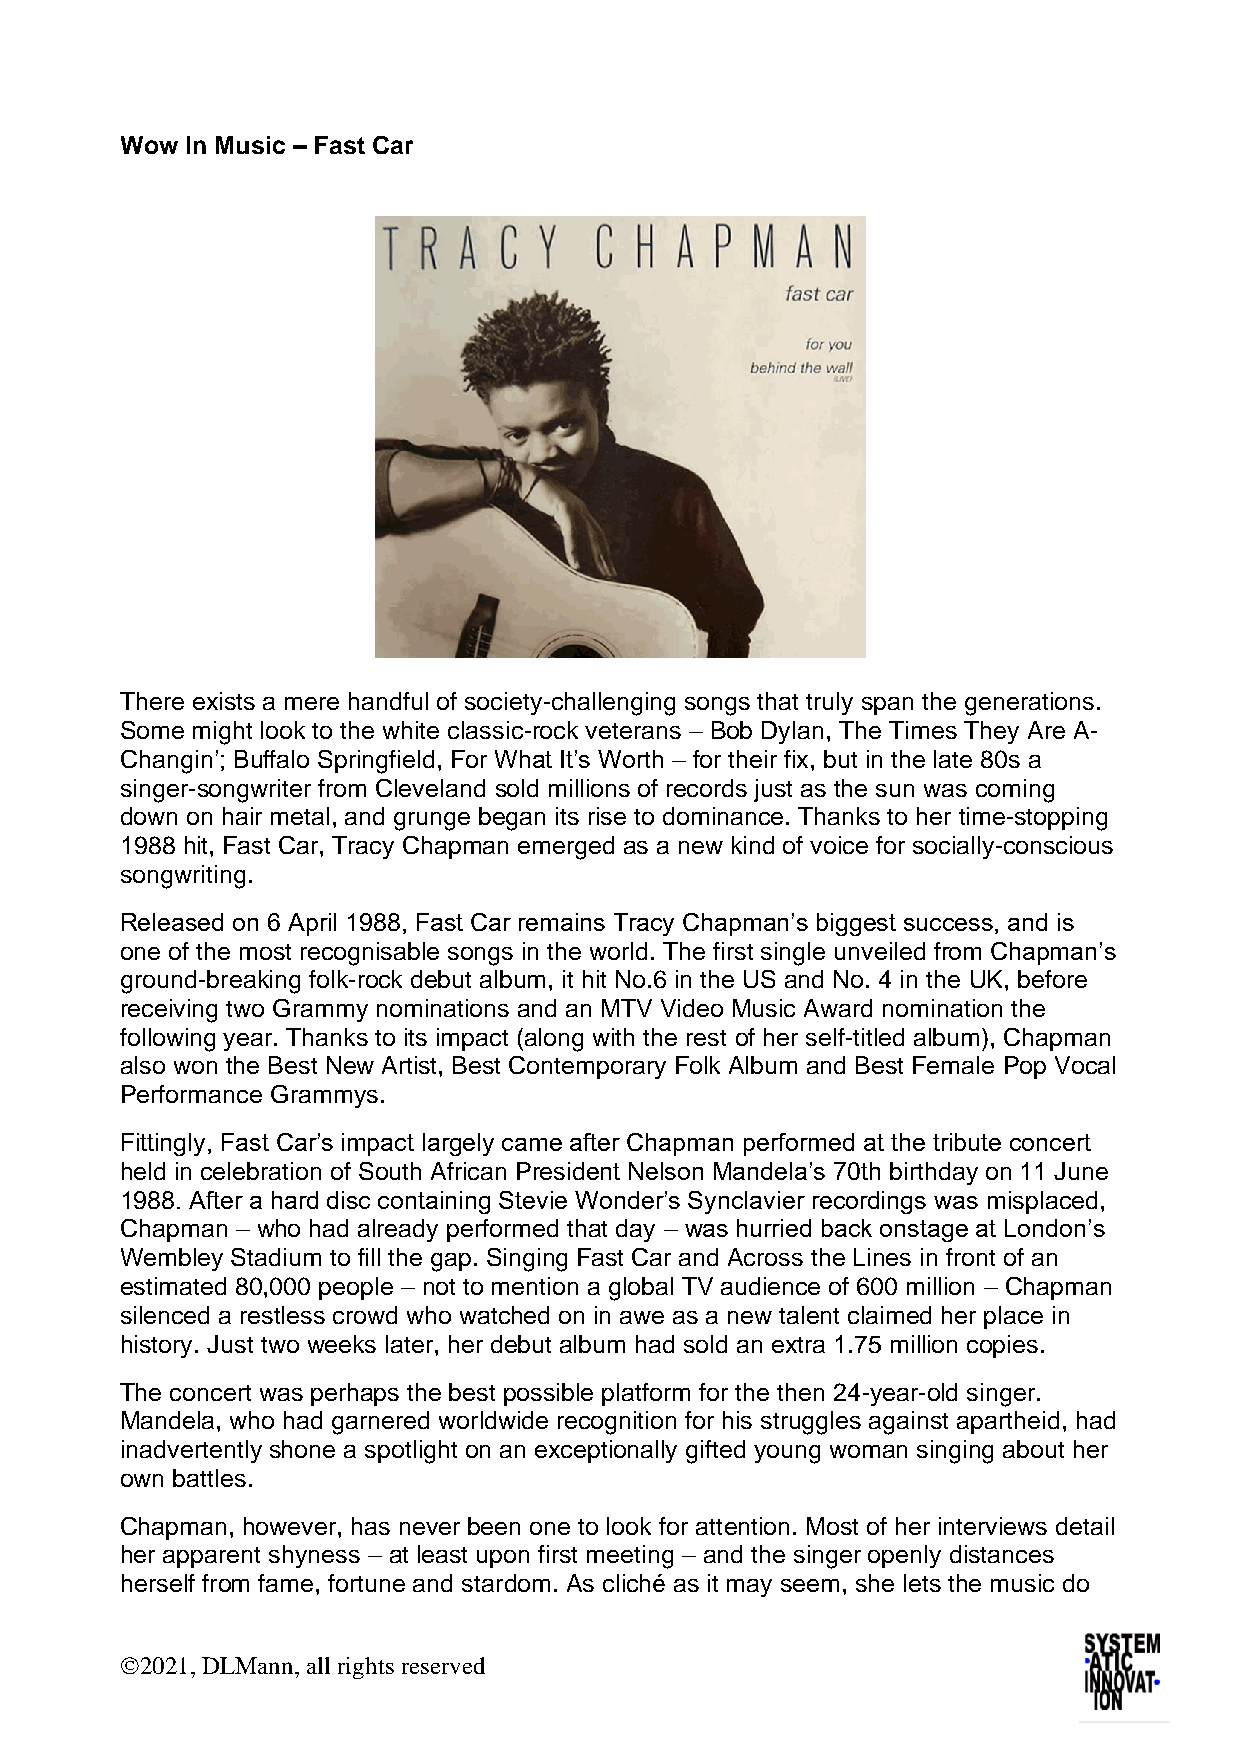
Wow In Music – Fast Car
 There exists a mere handful of society-challenging songs that truly span the generations.
 Some might look to the white classic-rock veterans – Bob Dylan, The Times They Are A-
 Changin’; Buffalo Springfield, For What It’s Worth – for their fix, but in the late 80s a
 singer-songwriter from Cleveland sold millions of records just as the sun was coming
 down on hair metal, and grunge began its rise to dominance. Thanks to her time-stopping
 1988 hit, Fast Car, Tracy Chapman emerged as a new kind of voice for socially-conscious
 songwriting.
 Released on 6 April 1988, Fast Car remains Tracy Chapman’s biggest success, and is
 one of the most recognisable songs in the world. The first single unveiled from Chapman’s
 ground-breaking folk-rock debut album, it hit No.6 in the US and No. 4 in the UK, before
 receiving two Grammy nominations and an MTV Video Music Award nomination the
 following year. Thanks to its impact (along with the rest of her self-titled album), Chapman
 also won the Best New Artist, Best Contemporary Folk Album and Best Female Pop Vocal
 Performance Grammys.
 Fittingly, Fast Car’s impact largely came after Chapman performed at the tribute concert
 held in celebration of South African President Nelson Mandela’s 70th birthday on 11 June
 1988. After a hard disc containing Stevie Wonder’s Synclavier recordings was misplaced,
 Chapman – who had already performed that day – was hurried back onstage at London’s
 Wembley Stadium to fill the gap. Singing Fast Car and Across the Lines in front of an
 estimated 80,000 people – not to mention a global TV audience of 600 million – Chapman
 silenced a restless crowd who watched on in awe as a new talent claimed her place in
 history. Just two weeks later, her debut album had sold an extra 1.75 million copies.
 The concert was perhaps the best possible platform for the then 24-year-old singer.
 Mandela, who had garnered worldwide recognition for his struggles against apartheid, had
 inadvertently shone a spotlight on an exceptionally gifted young woman singing about her
 own battles.
 Chapman, however, has never been one to look for attention. Most of her interviews detail
 her apparent shyness – at least upon first meeting – and the singer openly distances
 herself from fame, fortune and stardom. As cliché as it may seem, she lets the music do
 ©2021, DLMann, all rights reserved